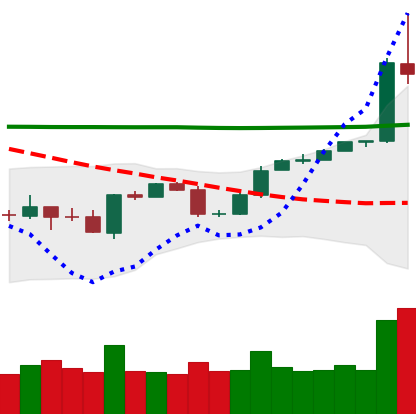
Ticker: BTC-USD
Chart end date: 2020-04-30
Forward return: 3.979%
Label: up_3_5